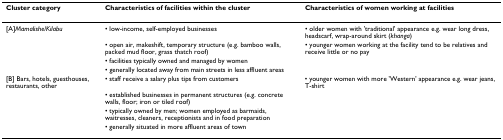
<table><thead><tr><td><b>Cluster category</b></td><td><b>Characteristics of facilities within the cluster</b></td><td><b>Characteristics of women working at facilities</b></td></tr></thead><tbody><tr><td>[A]<i>Mamalishe</i>/<i>Kilabu</i></td><td>• low-income, self-employed businesses</td><td>• older women with &#x27;traditional&#x27; appearance e.g. wear long dress, headscarf, wrap-around skirt (<i>khanga</i>)</td></tr><tr><td></td><td>• open air, makeshift, temporary structure (e.g. bamboo walls, packed mud floor, grass thatch roof)</td><td>• younger women working at the facility tend to be relatives and receive little or no pay</td></tr><tr><td></td><td>• facilities typically owned and managed by women</td><td></td></tr><tr><td></td><td>• generally located away from main streets in less affluent areas</td><td></td></tr><tr><td>[B] Bars, hotels, guesthouses, restaurants, other</td><td>• staff receive a salary plus tips from customers</td><td>• younger women with more &#x27;Western&#x27; appearance e.g. wear jeans, T-shirt</td></tr><tr><td></td><td>• established businesses in permanent structures (e.g. concrete walls, floor; iron or tiled roof)</td><td></td></tr><tr><td></td><td>• typically owned by men; women employed as barmaids, waitresses, cleaners, receptionists and in food preparation</td><td></td></tr><tr><td></td><td>• generally situated in more affluent areas of town</td><td></td></tr></tbody></table>